Burma Government Medical School reports 1923-41
Year: 1923
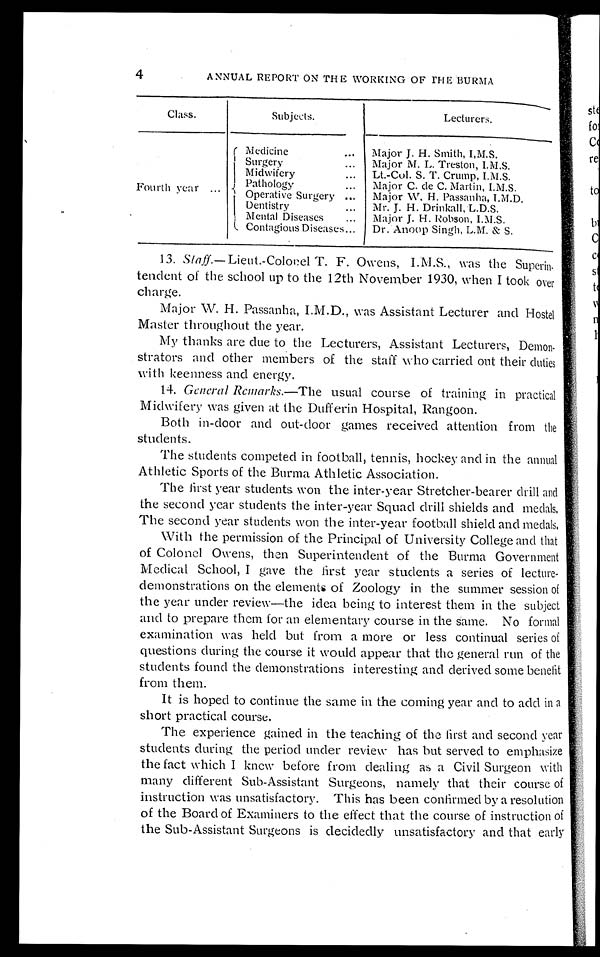
4
ANNUAL REPORT ON THE WORKING OF THE BURMA
Class.
Subjects.
Lecturers.
Four t h year . . .
Medicine . . .
Major J. H. Smith, I.M.S.
Surgery . . .
Major M. L. Treston, I.M.S.
Midwifery . . .
Lt.-Col. S. T. Crump, I.M.S.
Pathology . . .
Major C. de C. Martin, I.M.S.
Operative Surgery . . .
Major W. H. Passanha, I.M.D.
Dentistry . . .
Mr. J. H. Drinkall, L.D.S.
Mental Diseases . . .
Major J. H. Robson, I.M.S.
Contagious Diseases . . .
Dr. Anoop Singh, L.M. & S.
13. Staff .—Lieut.-Colonel T. F. Owens, was the Superin
-
tendent of the school up to the 12th November 1930, when I took over
charge.
Major W. H. Passanha, I.M.D., was Assistant Lecturer and Hostel
Master throughout the year.
My thanks are due to the Lecturers, Assistant Lecturers, Demon
-
strators and other members of the staff who carried out their duties
with keenness and energy.
14. General Remarks .—The usual course of training in practical
Midwifery was given at the I)ufferin Hospital, Rangoon.
Both in-door and out-door games received attention from the
students.
The students competed in football, tennis, hockey and in the annual
Athletic Sports of the Burma Athletic Association.
The first year students won the inter-year Stretcher-bearer drill and
the second year students the inter-year Squad drill shields and medals.
The second year students won the inter-year football shield and medals.
With the permission of the Principal of University College and that
of Colonel Owens, then Superintendent of the Burma Government
Medical School, I gave the first year students a series of lecture
-
demonstrations on the elements of Zoology in the summer session of
the year under review—the idea being to interest them in the subject
and to prepare them for an elementary course in the same. No formal
examination was held but from a more or less continual series of
questions during the course it would appear that the general run of the
students found the demonstrations interesting and derived some benefit
from them.
It is hoped to continue the same in the coming year and to add in a
short practical course.
The experience gained in the teaching of the first and second year
students during the period under review has but served to emphasize
the fact which I knew before from dealing as a Civil Surgeon with
many different Sub-Assistant Surgeons, namely that their course of
instruction was unsatisfactory. This has been confirmed by a resolution
of the Board of Examiners to the effect that the course of instruction of
the Sub-Assistant Surgeons is decidedly unsatisfactory and that early